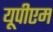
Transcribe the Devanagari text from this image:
यूपीएम